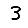
Digit: 3